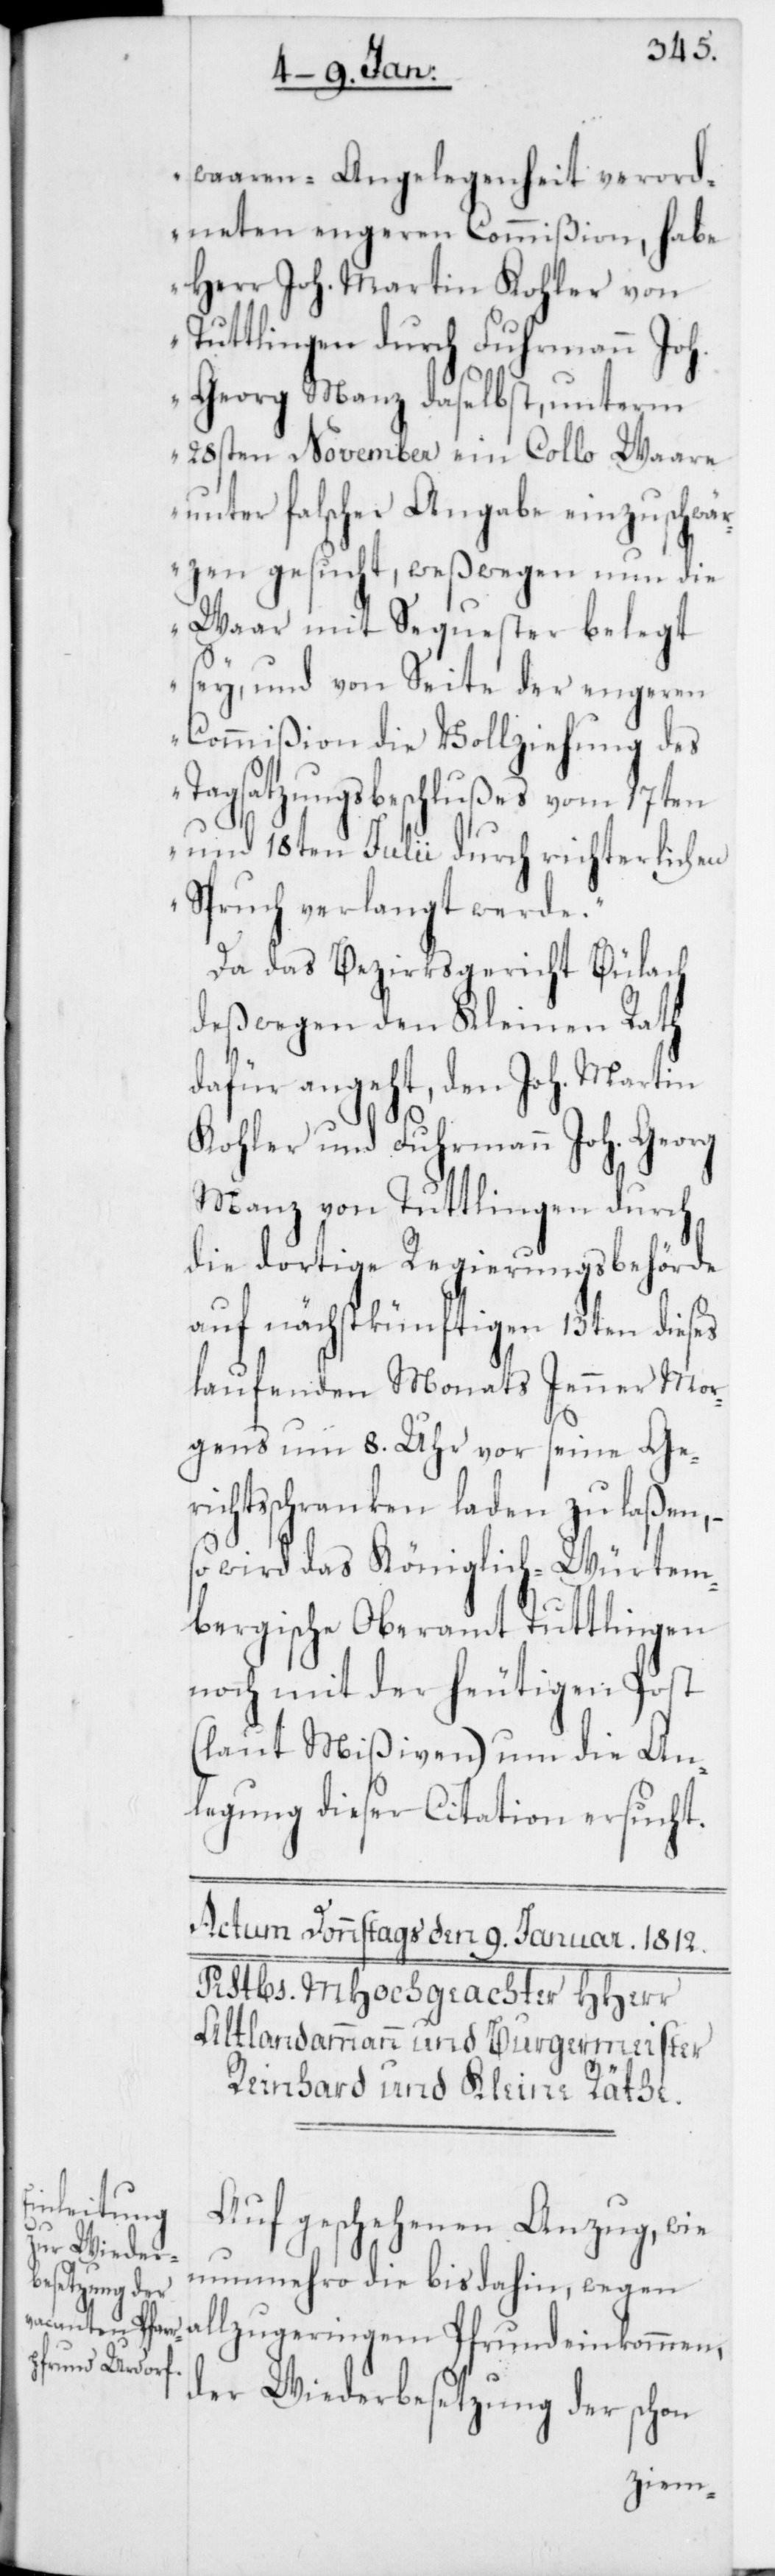
waaren-Angelegenheit verord¬
neten engeren Commißion, habe
Herr Joh. Martin Kohler von
Tuttlingen durch Fuhrmann Joh.
Georg Manz daselbst, unterm
28sten November ein Collo Waare
unter falscher Angabe einzuschwär¬
zen gesucht, weßwegen nun die
Waar mit Sequester belegt
sey, und von Seite der engeren
Commißion die Vollziehung des
Tagsatzungsbeschlußes vom 17ten
und 18ten Julii durch richterlichen
Spruch verlangt werde.“
Da das Bezirksgericht Bülach
deßwegen den Kleinen Rath
dafür angeht, den Joh. Martin
Kohler und Fuhrmann Joh. Georg
Manz von Tuttlingen durch
die dortige Regierungsbehörde
auf nächstkünftigen 13ten dieses
laufenden Monats Jenner Mor¬
gens um 8. Uhr vor seine Ge¬
richtsschranken laden zu laßen,
so wird das Königlich-Würtem¬
bergische Oberamt Tuttlingen
noch mit der heutigen Post
(laut Mißiven) um die An¬
legung dieser Citation ersucht.
Auf geschehenen Anzug, wie
nunmehro die bis dahin, wegen
allzugeringem Pfrundeinkommen,
der Wiederbesetzung der schon